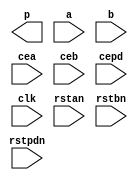
///////////////////////////////////////////////////////////////////////////////
// Copyright (c) 2011-2021 Anlogic, Inc.
// All Right Reserved.
///////////////////////////////////////////////////////////////////////////////
//
//
//   Vendor : Anlogic
//   Version : 0.1
//   Description : Anlogic Functional Simulation Library Component
//            mult
//   Timestamp : Mon Nov  4 14:20:41 CST 2013
//
///////////////////////////////////////////////////////////////////////////////
//
// Revision:
//    11/04/13 - Initial version.
//
///////////////////////////////////////////////////////////////////////////////
`timescale 1 ns / 1 ps
module AL_LOGIC_MULT (p, a, b, cea, ceb, cepd, clk, rstan, rstbn, rstpdn); 
    parameter INPUT_WIDTH_A = 18;
    parameter INPUT_WIDTH_B = 18;
    parameter OUTPUT_WIDTH = 36;
    output [OUTPUT_WIDTH-1:0] p;
    input [INPUT_WIDTH_A-1:0] a;
    input [INPUT_WIDTH_B-1:0] b;
    input cea; //DEFAULT := '0'
    input ceb; //DEFAULT := '0'
    input cepd; //DEFAULT := '0'
    input clk; //DEFAULT := '0'
    input rstan; //DEFAULT := '0'
    input rstbn; //DEFAULT := '0'
    input rstpdn; //DEFAULT := '0'
    parameter INPUTFORMAT = "SIGNED"; // SIGNED, UNSIGNED
    parameter INPUTREGA = "ENABLE";   // ENABLE, DISABLE
    parameter INPUTREGB = "ENABLE";   // ENABLE, DISABLE
    parameter OUTPUTREG = "ENABLE";   // ENABLE, DISABLE
    parameter SRMODE    = "ASYNC";    // ASYNC, SYNC
    parameter IMPLEMENT = "AUTO";    // AUTO, DSP, GATE

// TO BE FILLED

endmodule